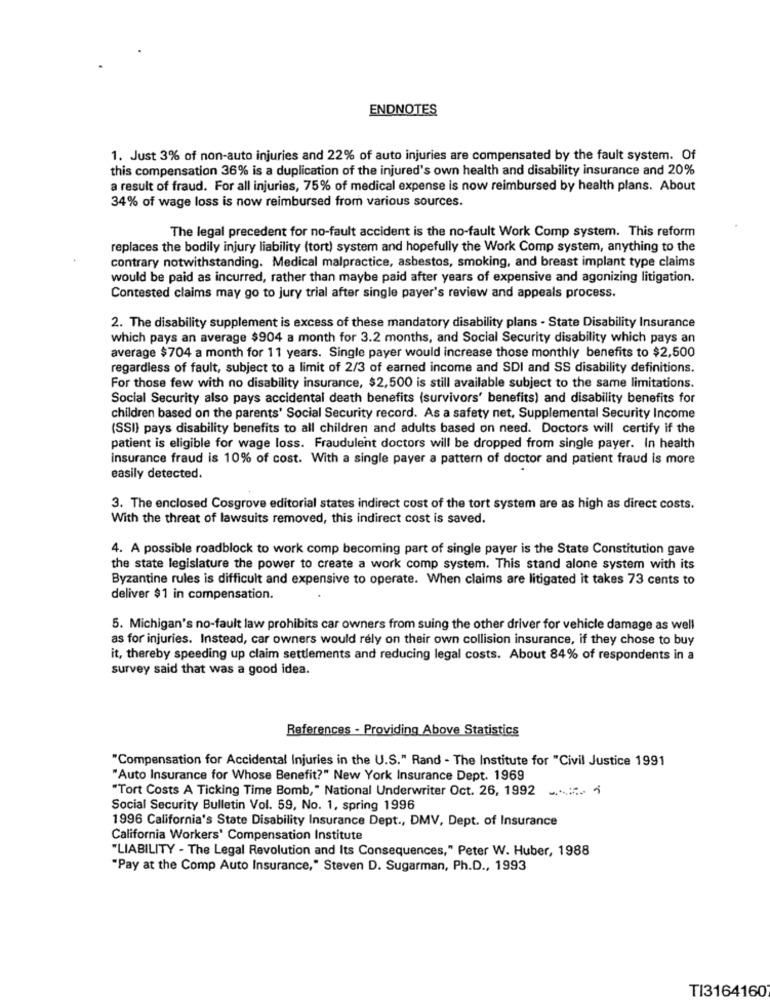
ENDNOTES
1. Just 3% of non-auto injuries and 22% of auto injuries are compensated by the fault system. Of
this compensation 36% is a duplication of the injured's own health and disability insurance and 20%
a result of fraud. For all injuries, 75% of medical expense is now reimbursed by health plans. About
34% of wage loss is now reimbursed from various sources.
The legal precedent for no-fault accident is the no-fault Work Comp system. This reform
replaces the bodily injury liability (tort) system and hopefully the Work Comp system, anything to the
contrary notwithstanding. Medical malpractice, asbestos, smoking, and breast implant type claims
would be paid as incurred, rather than maybe paid after years of expensive and agonizing litigation.
Contested claims may go to jury trial after single payer's review and appeals process.
2. The disability supplement is excess of these mandatory disability plans - State Disability Insurance
which pays an average $904 a month for 3.2 months, and Social Security disability which pays an
average $704 a month for 11 years. Single payer would increase those monthly benefits to $2,500
regardless of fault, subject to a limit of 2/3 of earned income and SDI and SS disability definitions.
For those few with no disability insurance, $2,500 is still available subject to the same limitations.
Social Security also pays accidental death benefits (survivors' benefits) and disability benefits for
children based on the parents' Social Security record. As a safety net, Supplemental Security Income
(SSI) pays disability benefits to all children and adults based on need. Doctors will certify if the
patient is eligible for wage loss. Fraudulent doctors will be dropped from single payer. In health
insurance fraud is 10% of cost. With a single payer a pattern of doctor and patient fraud is more
easily detected.
3. The enclosed Cosgrove editorial states indirect cost of the tort system are as high as direct costs.
With the threat of lawsuits removed, this indirect cost is saved.
4. A possible roadblock to work comp becoming part of single payer is the State Constitution gave
the state legislature the power to create a work comp system. This stand alone system with its
Byzantine rules is difficult and expensive to operate. When claims are litigated it takes 73 cents to
deliver $1 in compensation.
5. Michigan's no-fault law prohibits car owners from suing the other driver for vehicle damage as well
as for injuries. Instead, car owners would rely on their own collision insurance, if they chose to buy
it, thereby speeding up claim settlements and reducing legal costs. About 84% of respondents in a
survey said that was a good idea.
References - Providing Above Statistics
"Compensation for Accidental Injuries in the U.S." Rand - The Institute for "Civil Justice 1991
"Auto Insurance for Whose Benefit?" New York Insurance Dept. 1969
"Tort Costs A Ticking Time Bomb," National Underwriter Oct. 26, 1992
Social Security Bulletin Vol. 59, No. 1, spring 1996
1996 California's State Disability Insurance Dept ., DMV, Dept. of Insurance
California Workers' Compensation Institute
"LIABILITY - The Legal Revolution and Its Consequences," Peter W. Huber, 1988
"Pay at the Comp Auto Insurance," Steven D. Sugarman, Ph.D ., 1993
TI3164160